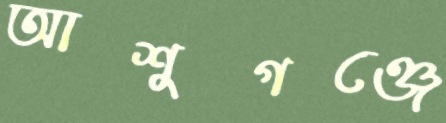
আশুগঞ্জে